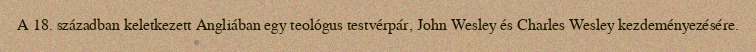
A 18. században keletkezett Angliában egy teológus testvérpár, John Wesley és Charles Wesley kezdeményezésére.